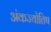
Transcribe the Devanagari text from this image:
अंकज्योतिष